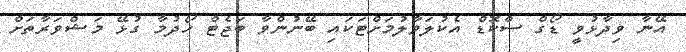
އޭނާ ވިދާޅުވީ ޑޯގް ސްކޮޑް އެކުލަވާލުމަށްޓަކައި ބޭނުންވާ ބަޖެޓް ހޯދުމާ ގުޅޭ މަޝްވަރާތަށް